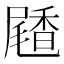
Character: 𪨝